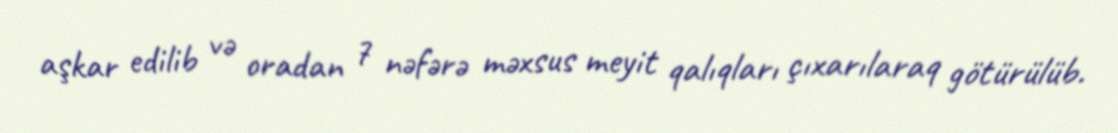
aşkar edilib və oradan 7 nəfərə məxsus meyit qalıqları çıxarılaraq götürülüb.